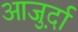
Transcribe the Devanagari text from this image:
आजु़र्दा